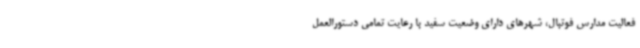
فعالیت مدارس فوتبال، شهرهای دارای وضعیت سفید با رعایت تمامی دستورالعمل